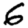
Digit: 6